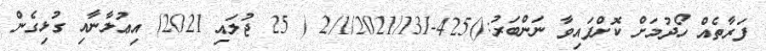
ފަރާތެއް ހޯދުމަށް ކޮށްފައިވާ ނަންބަރު:()425-2/1/2021/131 ( 25 ޖުލައި 2021) އިޢުލާނާއި ގުޅިގެން